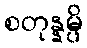
စတုန္နမ္ပိ